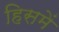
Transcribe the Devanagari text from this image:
हिसमें